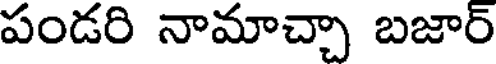
పండరి నామాచ్చా బజార్